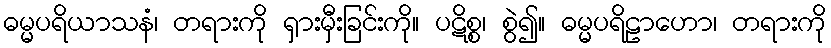
ဓမ္မပရိယာသနံ၊ တရားကို ရှားမှီးခြင်းကို။ ပဋိစ္စ၊ စွဲ၍။ ဓမ္မပရိဠာဟော၊ တရားကို